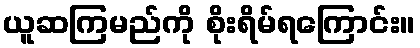
ယူဆကြမည်ကို စိုးရိမ်ရကြောင်း။